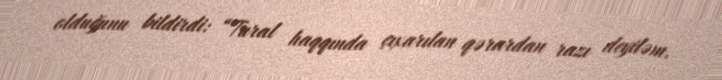
olduğunu bildirdi: “Tural haqqında çıxarılan qərardan razı deyiləm.